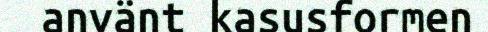
använt kasusformen